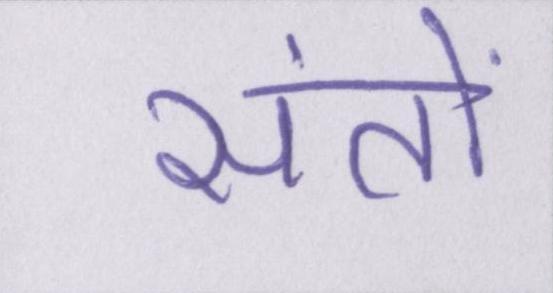
संतों